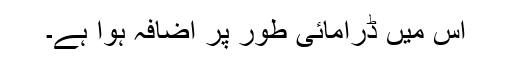
اس میں ڈرامائی طور پر اضافہ ہوا ہے۔